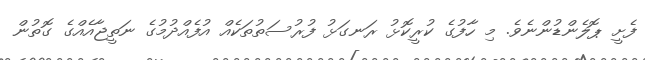
ފެށީ ޕޮލެންޑުންނެވެ. މި ހާފުގެ ކުރީކޮޅު ރަނގަޅު ފުރުސަތުތަކެއް އުފެއްދުމުގެ ނަތީޖާއެއްގެ ގޮތުން